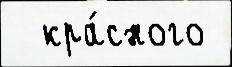
  кра́сного